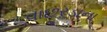
વાછરડાના